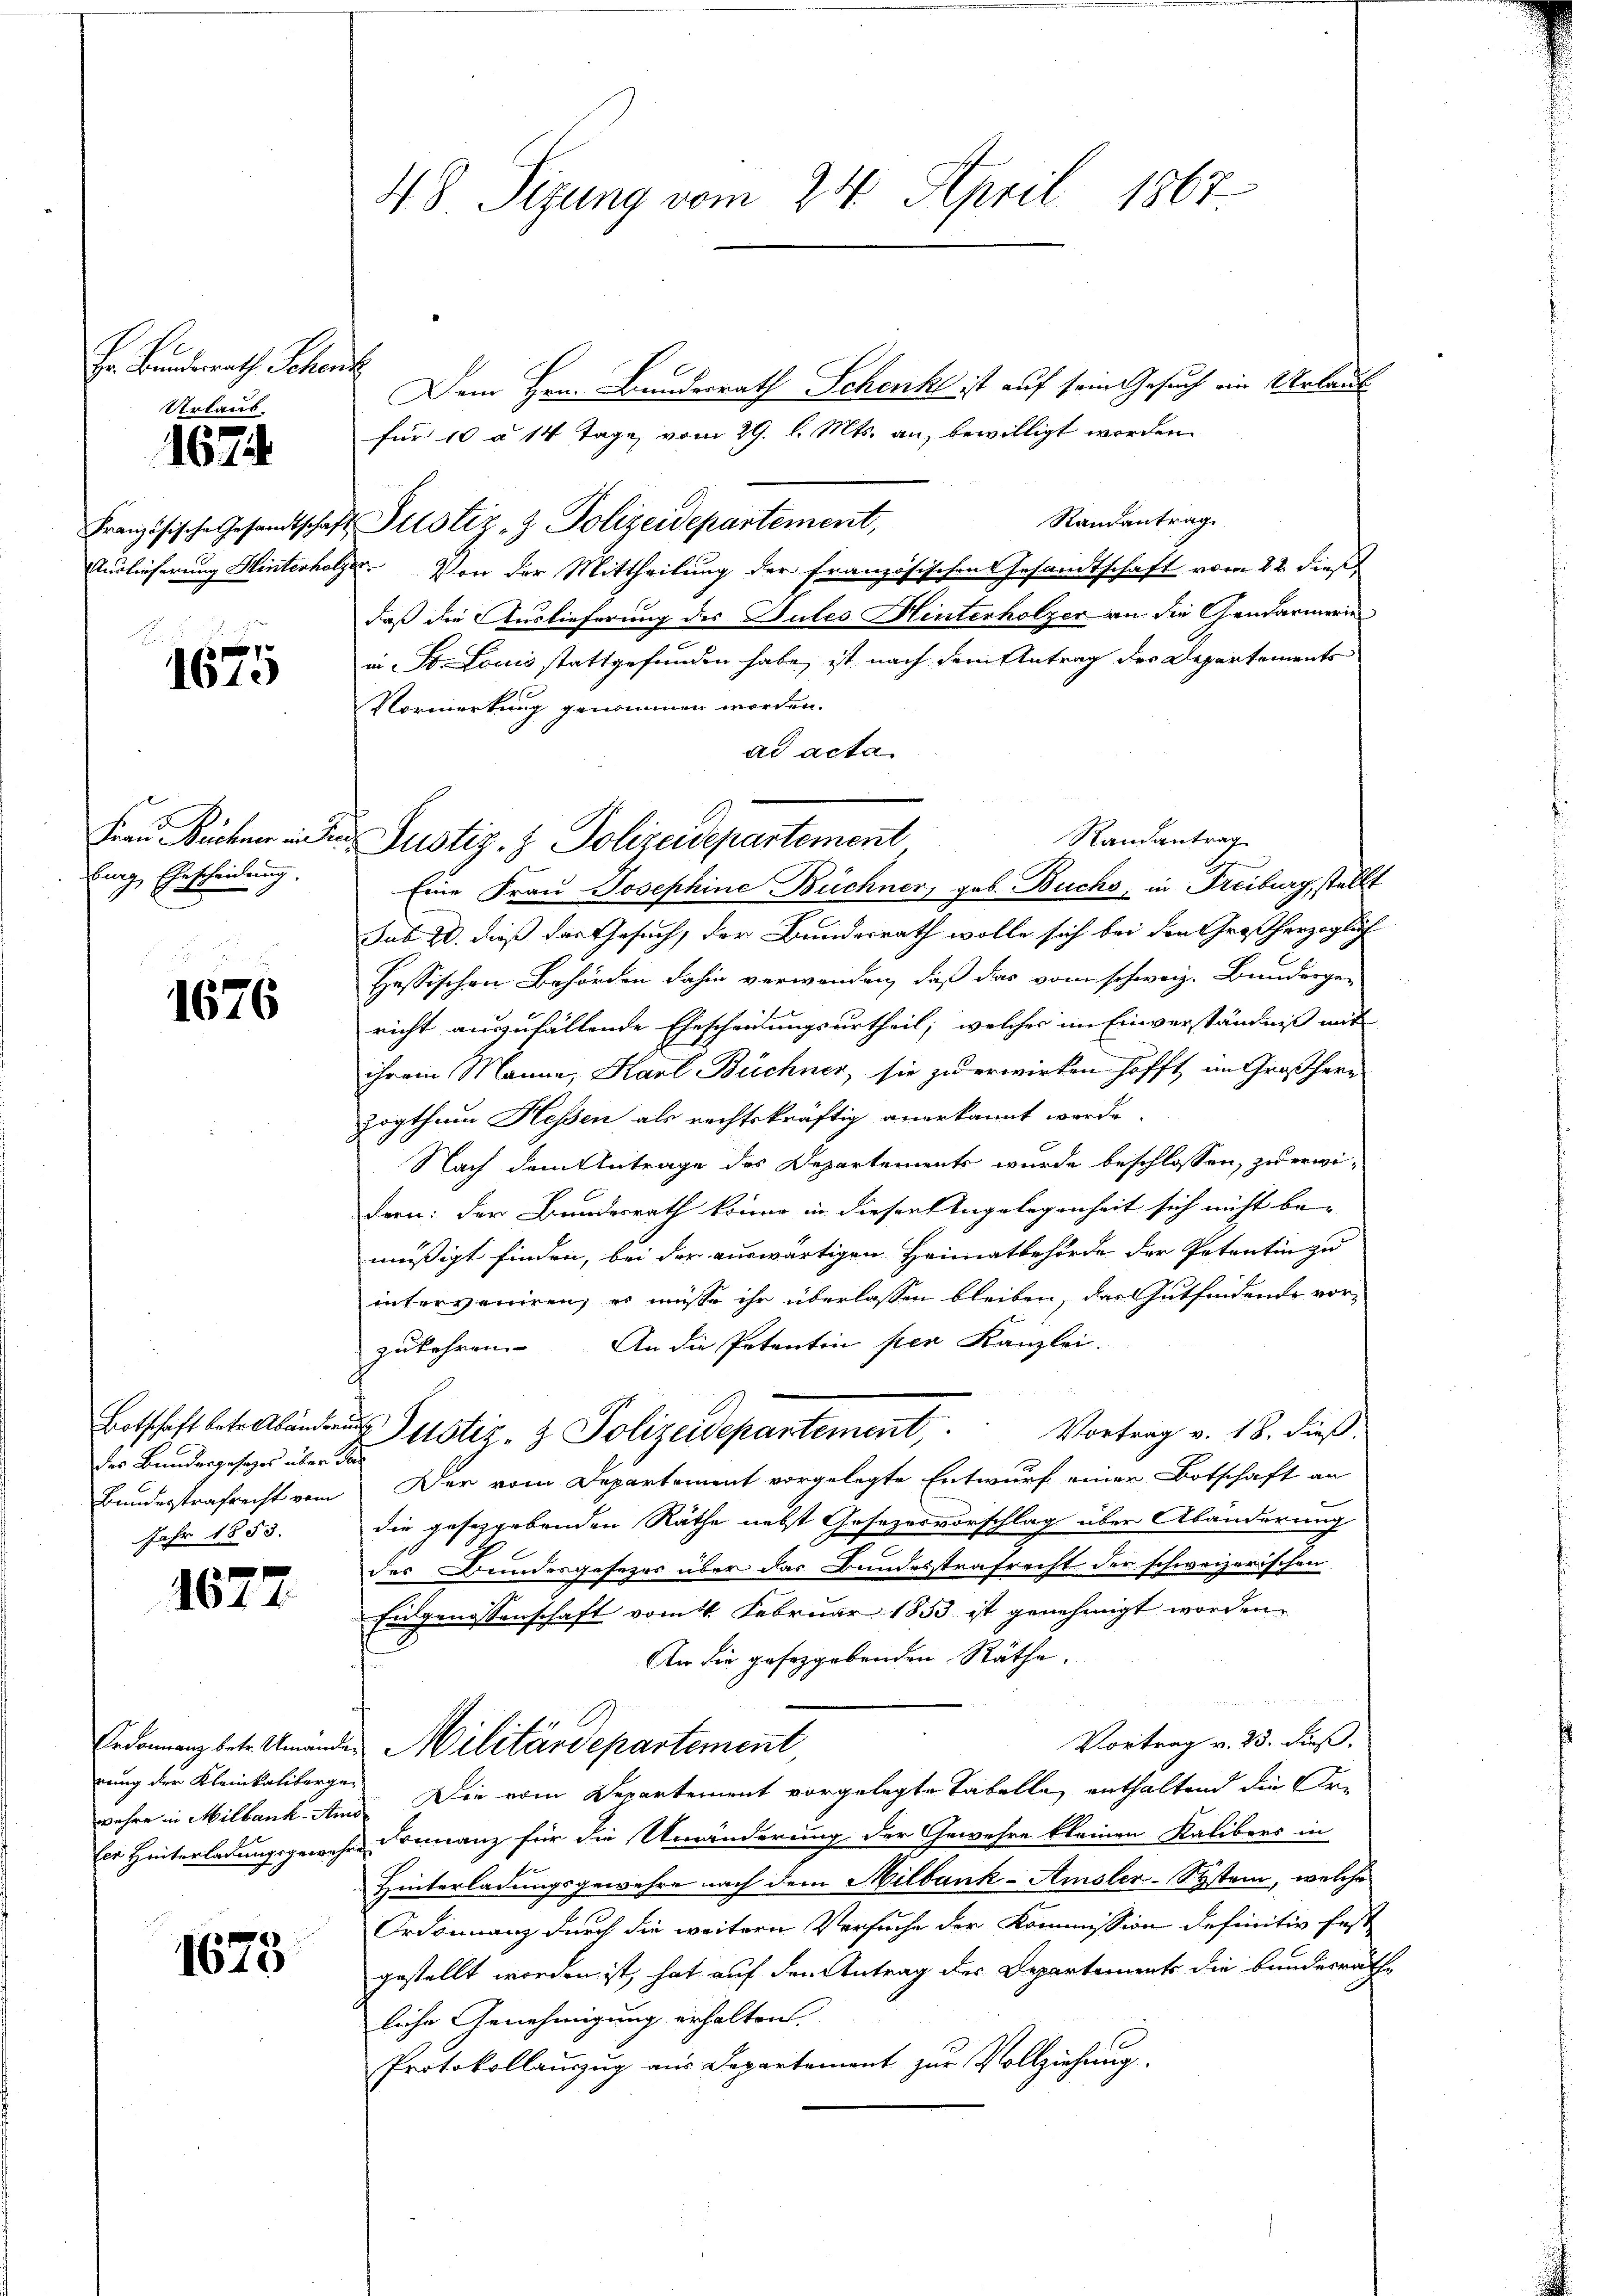
Er Bunderath Schon
Urlaub.

167.

Französische Gesandtschaf
Auslieferung Hinterha

B
s
1610

Frau Bächer eine
burg, Ehescheidung.

1676

des Bundergesezes über das
Bundesstrafrecht vom
Jahr 1853.

1677

rung der Kleinkaliberge¬

1675

48 Sizung vom 24. April 1867.

t
Dem Hrn. Bundesrath Schenk ist auf sein Gesuch ein Urlau
für 10 à 14 Tage vom 29. d. Mts. an, bewilligt worden.
Randantrag
Justiz- & Polizeidepartement,
. Von der Mittheilung der Französischen Gesandtschaft vom 22. dieß
daß die Auslieferung des Gutes Hinterholzer an die Gendarmerin
in St. Louis stattgefunden habe, ist nach dem Antrag des Departements
Vormerkung genommen worden.
ad acta.
Eine Frau Josephine Büchner, geb. Buchs, in Freiburg, stellt
sub 20. dieß das Gesuch, der Bundesrath wolle sich bei den Großherzoglich
Hassischen Behörden dahin verwenden, daß das vom schweiz. Bundesge-
richt auszufällende Ehescheidungsurtheil, welches im Einverständniß mit
ihrem Manne, Karl Büchner, sie zu erwirken hofft, im Großherz
zogthum Hessen als rechtskräftig anerkannt werde.
Nach dem Antrage des Departements wurde beschlossen, zu erwi-
dern: der Bundesrath könne in dieser Angelegenheit sich nicht be-
mäßigt finden, bei der auswärtigen Heimatbehörde der Petentin zu
interveniren, es müsse ihr überlassen bleiben, das Gutfindende vor¬
An die Petentin per Kanzlei.
zukehren
Botschaft beste Abänden Justiz- & Polizeidepartement, Vortrag v. 18. dieß
Der vom Departement vorgelegte Entwurf einer Botschaft an
die geschgebenden Räthe nebst Gesezesvorschlag über Abänderung
des Bundesgesezes über das Bundesstrafrecht der schweizerischen
Eidgenossenschaft vom 4. Februar 1853 ist genehmigt worden
An die gesetzgebenden Räthe.
Vortrag v. 23. dieß.
Erdonneng betr. Umänden Militärdepartement
wahre in Milbank. Am Die vom Departement vorgelegte Tabelle, enthaltend die Fre
ler Hinterladungsgewehre Finanz für die Umänderung der Gewehre kleinen Kalibers in
Hinterladungsgewehre nach dem Milbank-Amsler-System, welche
Ordonnanz durch die weitern Versuche der Kommission definitiv fest
gestellt worden ist, hat auf den Antrag des Departements die Bundesrathe
liche Genehmigung erhalten.
Protokollauszug aus Departement zur Vollziehung.

Randantrag
Justiz- & Polizeidepartement